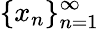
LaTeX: \{ x_{n}\} _{n=1}^{\infty}